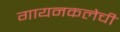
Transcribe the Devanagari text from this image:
गायनकलेची